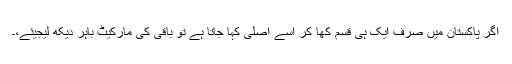
اگر پاکستان میں صرف ایک ہی قسم کھا کر اسے اصلی کہا جاتا ہے تو باقی کی مارکیٹ باہر دیکھ لیجیئے،۔